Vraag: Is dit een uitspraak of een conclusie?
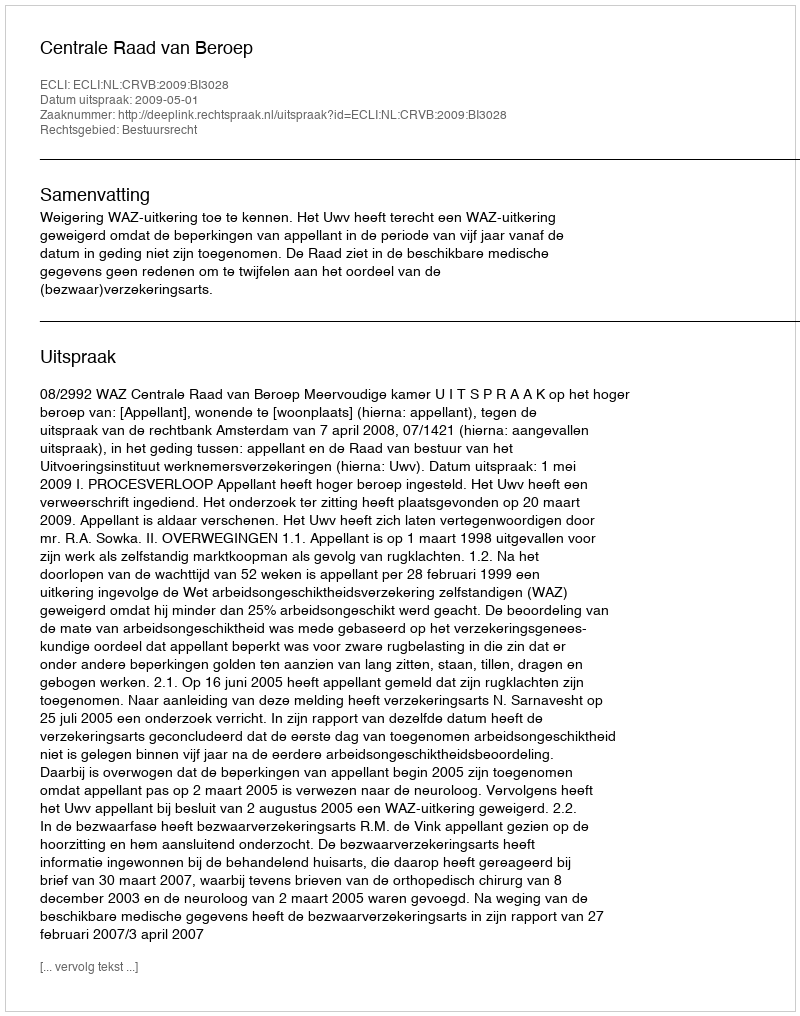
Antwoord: Uitspraak